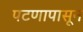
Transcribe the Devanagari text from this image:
पटणापासून